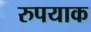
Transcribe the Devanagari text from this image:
रुपयाक